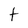
Character: t